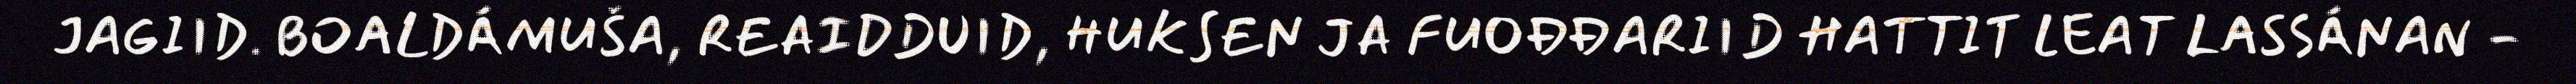
JAGIID. BOALDÁMUŠA, REAIDDUID, HUKSEN JA FUOĐĐARIID HATTIT LEAT LASSÁNAN -